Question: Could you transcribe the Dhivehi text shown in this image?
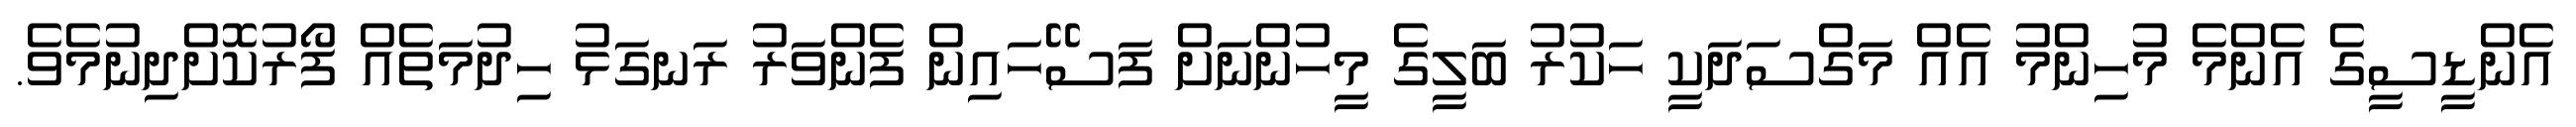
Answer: އެންޑީސީގެ އެންމެ މުހިންމު އެއް މަގްސަދަކީ ހަކުރު ބަލީގެ މީހުންނަށް ފަސޭހައިން ފެންވަރު ރަނގަޅު ހިދުމަތެއް ފޯރުކޮށްދިނުމެވެ.